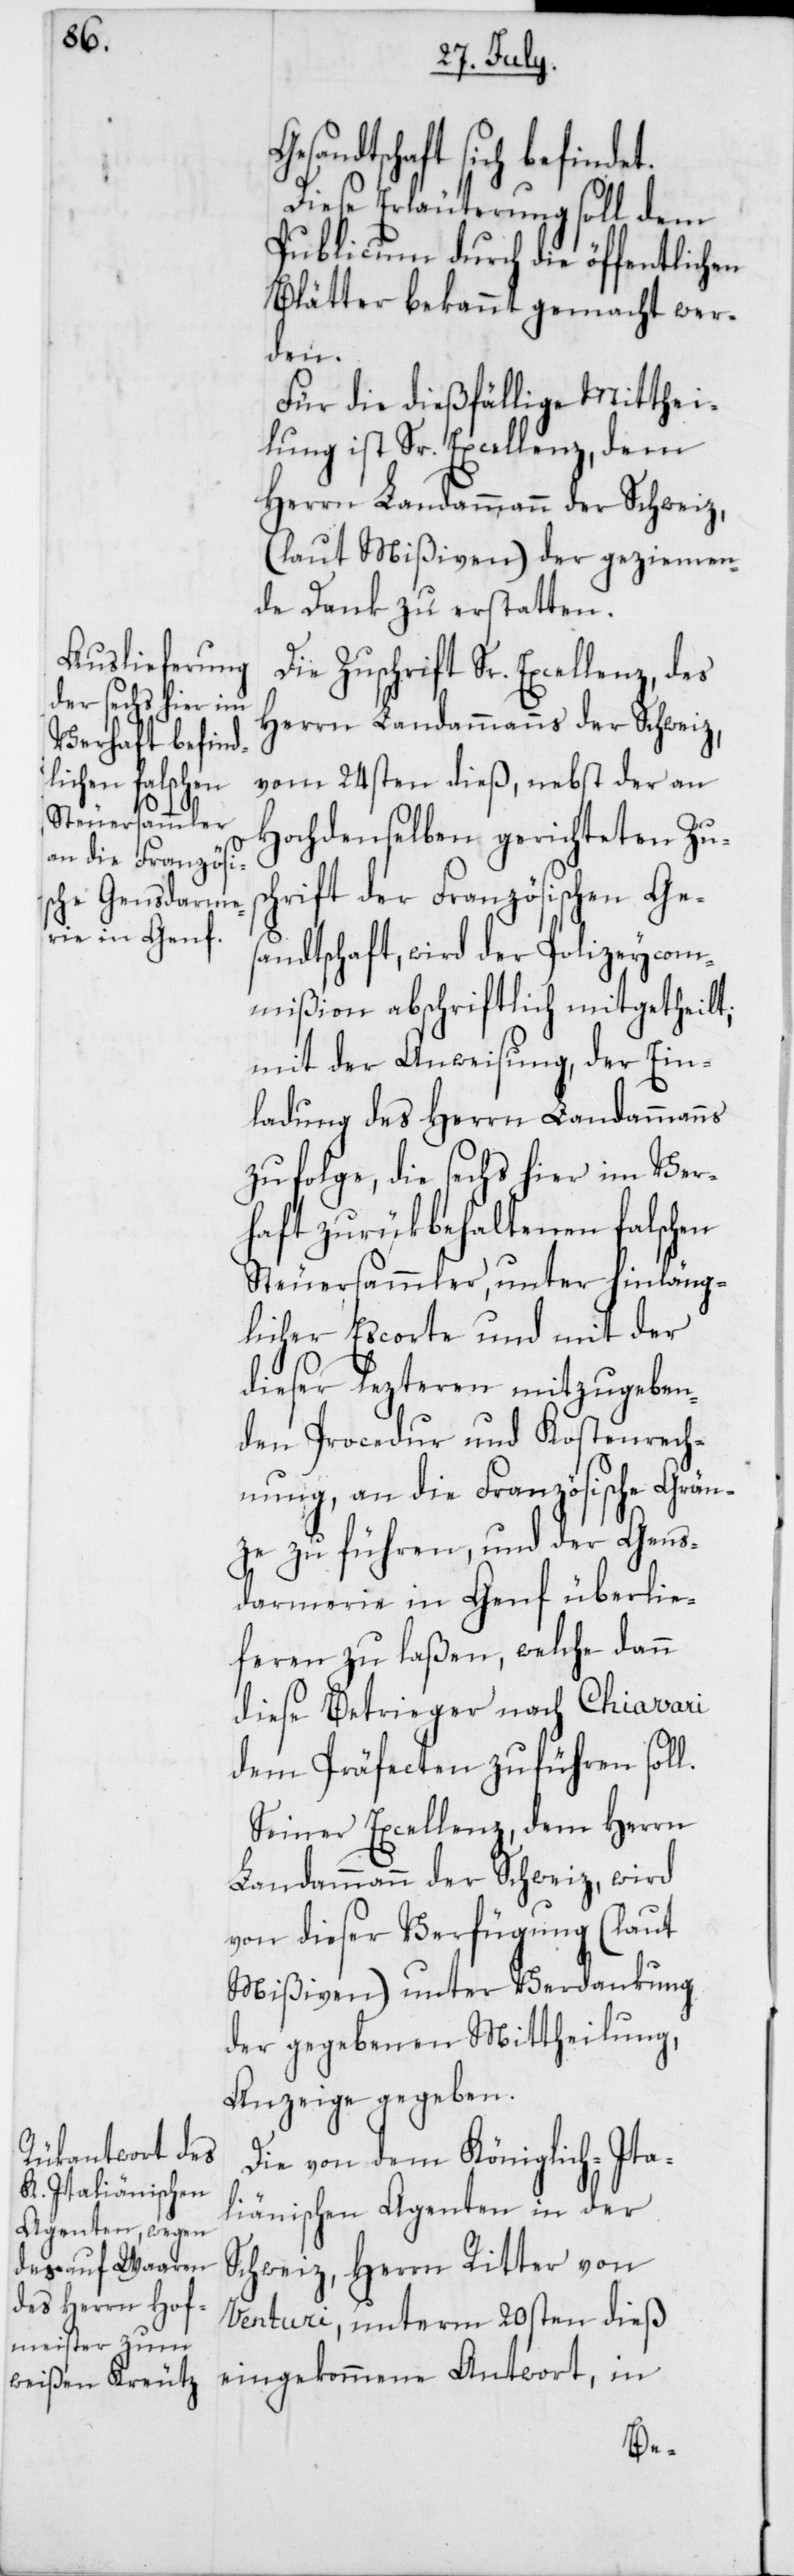
Gesandtschaft sich befindet.
Diese Erläuterung soll dem
Publicum durch die öffentlichen
Blätter bekannt gemacht wer¬
den.
Für die dießfällige Mitthei¬
lung ist Sr. Excellenz, dem
Herrn Landammann der Schweiz,
(laut Mißiven) der geziemen¬
de Dank zu erstatten.
Die Zuschrift Sr. Excellenz, des
Herrn Landammanns der Schweiz,
vom 24sten dieß, nebst der an
Hochdenselben gerichteten Zus¬
chrift der Französischen Ges¬
andtschaft, wird der Polizeycom¬
mißion abschriftlich mitgetheilt,
mit der Anweisung, der Ein¬
ladung des Herrn Landammanns
zufolge, die sechs hier im Ver¬
haft zurükbehaltenen falschen
Steuersammler, unter hinläng¬
licher Escorte und mit der
dieser lezteren mitzugeben¬
den Procedur und Kostenrech¬
nung, an die Französische Grän¬
ze zu führen, und der Gen¬
darmerie in Genf überlie¬
feren zu laßen, welche dann
diese Betrieger nach Chiavari
dem Präfecten zuführen soll.
Seiner Excellenz, dem Herrn
Landammann der Schweiz, wird
von dieser Verfügung (laut
Mißiven) unter Verdankung
der gegebenen Mittheilung,
Anzeige gegeben.
Die von dem Königlich-Ita¬
liänischen Agenten in der
Schweiz, Herrn Ritter von
Venturi, unterm 20sten dieß
eingekommene Antwort, in